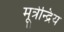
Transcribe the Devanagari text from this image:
मूत्रेन्द्रिय